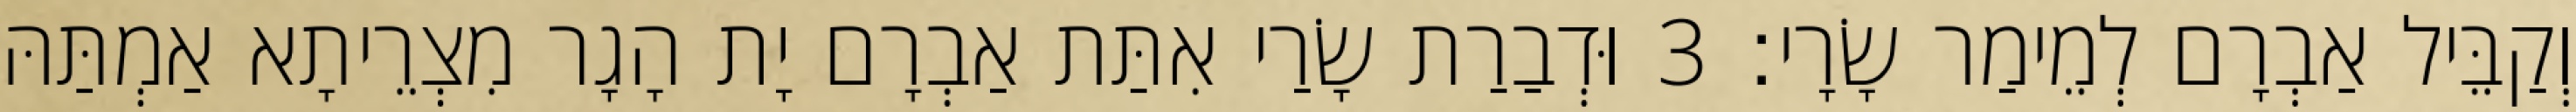
וְקַבֵּיל אַבְרָם לְמֵימַר שָׂרָי׃ 3 וּדְבַרַת שָׂרַי אִתַּת אַבְרָם יָת הָגָר מִצְרֵיתָא אַמְתַּהּ